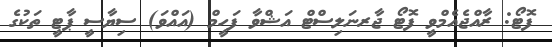
ފޮޓޯ: ރާއްޖެއެމްވީ ފޮޓޯ ޖާރނަލިސްޓް އަޝްވާ ފަހީމް (އައްވަ) ސިޔާސީ ޕާޓީ ތަކުގެ